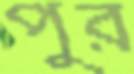
পুর